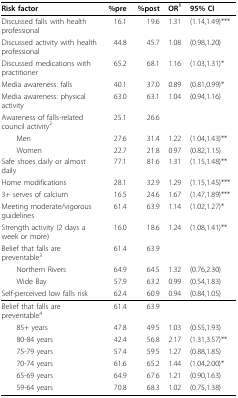
<table><thead><tr><td><b>Risk factor</b></td><td><b>%pre</b></td><td><b>%post</b></td><td><b>OR<sup>1</sup></b></td><td><b>95% CI</b></td></tr></thead><tbody><tr><td>Discussed falls with health professional</td><td>16.1</td><td>19.6</td><td>1.31</td><td>(1.14,1.49)***</td></tr><tr><td>Discussed activity with health professional</td><td>44.8</td><td>45.7</td><td>1.08</td><td>(0.98,1.20)</td></tr><tr><td>Discussed medications with practitioner</td><td>65.2</td><td>68.1</td><td>1.16</td><td>(1.03,1.31)*</td></tr><tr><td>Media awareness: falls</td><td>40.1</td><td>37.0</td><td>0.89</td><td>(0.81,0.99)*</td></tr><tr><td>Media awareness: physical activity</td><td>63.0</td><td>63.1</td><td>1.04</td><td>(0.94,1.16)</td></tr><tr><td>Awareness of falls-related council activity<sup>2</sup></td><td>25.1</td><td>26.6</td><td></td><td></td></tr><tr><td> Men</td><td>27.6</td><td>31.4</td><td>1.22</td><td>(1.04,1.43)**</td></tr><tr><td> Women</td><td>22.7</td><td>21.8</td><td>0.97</td><td>(0.82,1.15)</td></tr><tr><td>Safe shoes daily or almost daily</td><td>77.1</td><td>81.6</td><td>1.31</td><td>(1.15,1.48)**</td></tr><tr><td>Home modifications</td><td>28.1</td><td>32.9</td><td>1.29</td><td>(1.15,1.45)***</td></tr><tr><td>3+ serves of calcium</td><td>16.5</td><td>24.6</td><td>1.67</td><td>(1.47,1.89)***</td></tr><tr><td>Meeting moderate/vigorous guidelines</td><td>61.4</td><td>63.9</td><td>1.14</td><td>(1.02,1.27)*</td></tr><tr><td>Strength activity (2 days a week or more)</td><td>16.0</td><td>18.6</td><td>1.24</td><td>(1.08,1.41)**</td></tr><tr><td>Belief that falls are preventable<sup>3</sup></td><td>61.4</td><td>63.9</td><td></td><td></td></tr><tr><td> Northern Rivers</td><td>64.9</td><td>64.5</td><td>1.32</td><td>(0.76,2.30)</td></tr><tr><td> Wide Bay</td><td>57.9</td><td>63.2</td><td>0.99</td><td>(0.54,1.83)</td></tr><tr><td>Self-perceived low falls risk</td><td>62.4</td><td>60.9</td><td>0.94</td><td>(0.84,1.05)</td></tr><tr><td>Belief that falls are preventable<sup>4</sup></td><td>61.4</td><td>63.9</td><td></td><td></td></tr><tr><td> 85+ years</td><td>47.8</td><td>49.5</td><td>1.03</td><td>(0.55,1.93)</td></tr><tr><td> 80-84 years</td><td>42.4</td><td>56.8</td><td>2.17</td><td>(1.31,3.57)**</td></tr><tr><td> 75-79 years</td><td>57.4</td><td>59.5</td><td>1.27</td><td>(0.88,1.85)</td></tr><tr><td> 70-74 years</td><td>61.6</td><td>65.2</td><td>1.44</td><td>(1.04,2.00)*</td></tr><tr><td> 65-69 years</td><td>64.9</td><td>67.6</td><td>1.21</td><td>(0.90,1.63)</td></tr><tr><td> 59-64 years</td><td>70.8</td><td>68.3</td><td>1.02</td><td>(0.75,1.38)</td></tr></tbody></table>